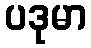
ပဒုမာ